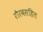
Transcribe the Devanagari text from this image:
रौरवसहित